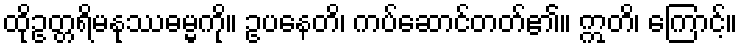
ထိုဥတ္တရိမနုဿဓမ္မကို။ ဥပနေတိ၊ ကပ်ဆောင်တတ်၏။ ဣတိ၊ ကြောင့်။